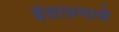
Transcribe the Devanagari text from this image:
इंद्राप्रमाणे